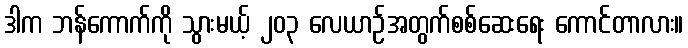
ဒါက ဘန်ကောက်ကို သွားမယ့် ၂၀၃ လေယာဉ်အတွက်စစ်ဆေးရေး ကောင်တာလား။